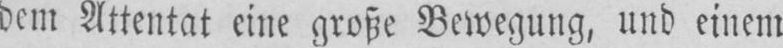
dem Attentat eine große Bewegung, und einem